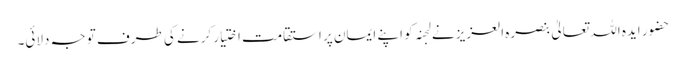
حضور ایدہ اللہ تعالیٰ بنصرہ العزیز نے لجنہ کو اپنے ایمان پر استقامت اختیار کرنے کی طرف توجہ دلائی۔